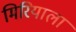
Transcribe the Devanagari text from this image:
मिरियाला